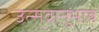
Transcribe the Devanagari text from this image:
उत्सवानुभाव